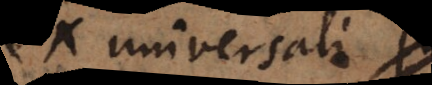
ex universali